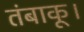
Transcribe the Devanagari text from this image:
तंबाकू।